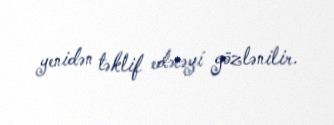
yenidən təklif edəcəyi gözlənilir.